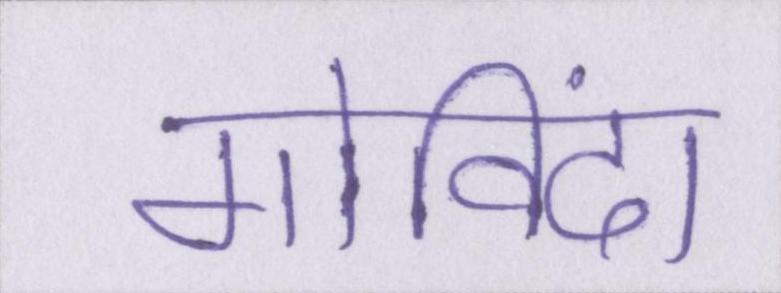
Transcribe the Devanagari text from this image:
गोविंदा